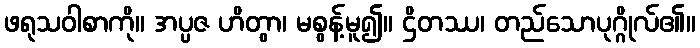
ဖရုသဝါစာကို။ အပ္ပဇ ဟိတွာ၊ မစွန့်မူ၍။ ဌိတဿ၊ တည်သောပုဂ္ဂိုလ်၏။